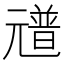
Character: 𠒻